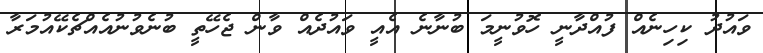
ވައުދު ކިހިނެއް ފުއްދާނީ ހޮވުނީމަ ބުނާނެ އެއީ ވައުދެއް ވާން ޖެހޭތީ ބުނެވުނުއެއްޗެކޭއުމަރާ